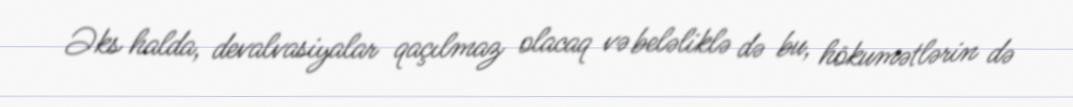
Əks halda, devalvasiyalar qaçılmaz olacaq və beləliklə də bu, hökumətlərin də